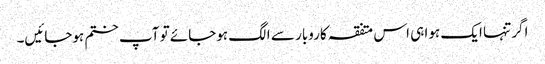
اگر تنہا ایک ہوا ہی اس متفقہ کاروبار سے الگ ہوجائے تو آپ ختم ہوجائیں۔